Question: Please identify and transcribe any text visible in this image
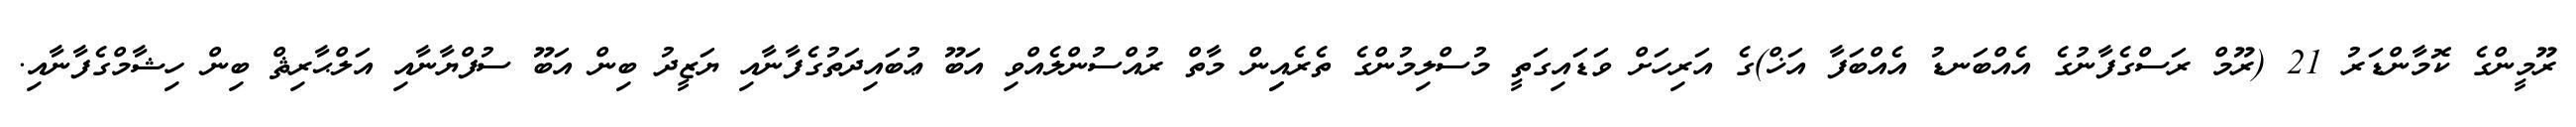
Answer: ރޫމީންގެ ކޮމާންޑަރު 21 (ރޫމް ރަސްގެފާނުގެ އެއްބަނޑު އެއްބަފާ އަޚް)ގެ އަރިހަށް ވަޑައިގަތީ މުސްލިމުންގެ ތެރެއިިން މާތް ރުއްސުންލެއްވި އަބޫ ޢުބައިދަތުގެފާނާއި ޔަޒީދު ބިން އަބޫ ސުފްޔާނާއި އަލްޙާރިޘް ބިން ހިޝާމްގެފާނާއި.